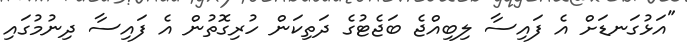
"އަޅުގަނޑަށް އެ ފައިސާ ލިބިއްޖެ ބަޖެޓުގެ ދަތިކަން ހުރިގޮތުން އެ ފައިސާ ދިނުމުގައި